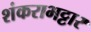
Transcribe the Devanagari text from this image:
शंकराभट्टार